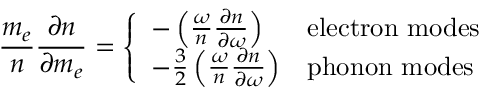
\frac { m _ { e } } { n } \frac { \partial n } { \partial m _ { e } } = \left\{ \begin{array} { l l } { - \left( \frac { \omega } { n } \frac { \partial n } { \partial \omega } \right) } & { \mathrm { e l e c t r o n ~ m o d e s } } \\ { - \frac { 3 } { 2 } \left( \frac { \omega } { n } \frac { \partial n } { \partial \omega } \right) } & { \mathrm { p h o n o n ~ m o d e s } } \end{array} \right.